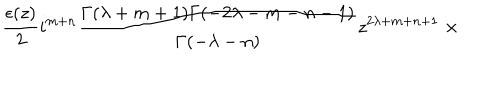
LaTeX: \frac { \epsilon ( z ) } { 2 } i ^ { m + n } \frac { \Gamma ( \lambda + m + 1 ) \Gamma ( - 2 \lambda - m - n - 1 ) } { \Gamma ( - \lambda - n ) } z ^ { 2 \lambda + m + n + 1 } \; \times